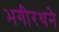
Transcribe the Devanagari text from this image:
भगीरथने